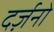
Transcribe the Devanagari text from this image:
दर्ज़नो